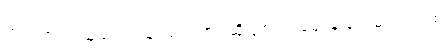
ဘယ်ထဲက ယူမလဲ။ သုံးထပ်သား ဆို ၃၈၀၀ ဈေးနဲ့ ပေးမယ်။ တစ်